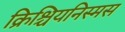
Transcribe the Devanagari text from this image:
क्रिश्चियनिस्मस